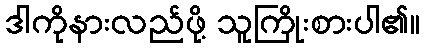
ဒါကိုနားလည်ဖို့ သူကြိုးစားပါ၏။